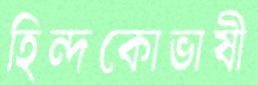
হিন্দকোভাষী